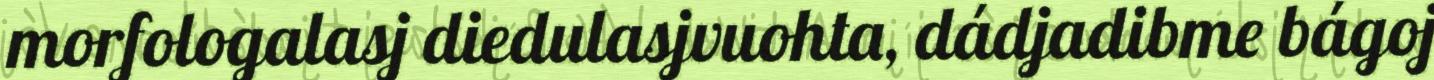
morfologalasj diedulasjvuohta, dádjadibme bágoj